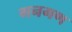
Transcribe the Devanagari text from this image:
गनगण